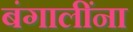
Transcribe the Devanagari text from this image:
बंगालींना